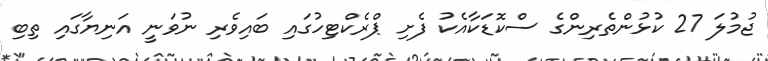
ޖުމުލަ 27 ކުޅުންތެރިންގެ ސްކޮޑަކާއެކު ފެށި ޕްރެކްޓިހުގައި ބައިވެރި ނުވަނީ އަނިޔާގައި ތިބި